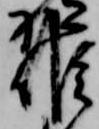
候